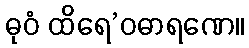
ဓုဝံ ထိရေ’ဝဓာရဏေ။